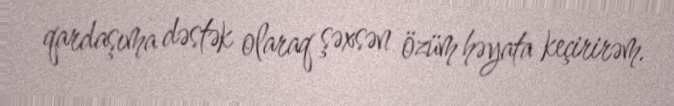
qardaşıma dəstək olaraq şəxsən özüm həyata keçirirəm.